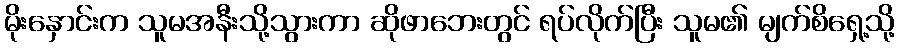
မိုးနှောင်းက သူမအနီးသို့သွားကာ ဆိုဖာဘေးတွင် ရပ်လိုက်ပြီး သူမ၏ မျက်စိရှေ့သို့